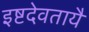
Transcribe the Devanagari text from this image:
इष्टदेवतायै